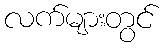
လက်များတွင်